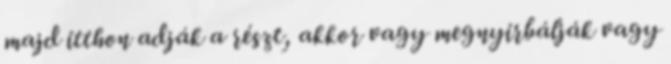
majd itthon adják a részt, akkor vagy megnyirbálják vagy